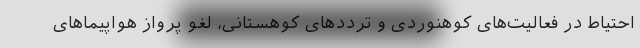
احتیاط در فعالیت‌های کوهنوردی و ترددهای کوهستانی، لغو پرواز هواپیماهای